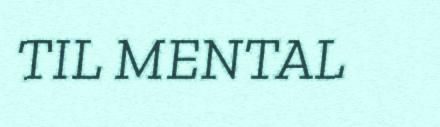
TIL MENTAL